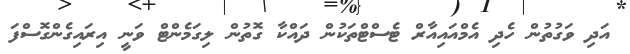
އަދި ވަގުތުން ހެދި އެމްއައިއާރް ޓެސްޓްތަކުން ދައްކާ ގޮތުން ލިގަމެންޓް ވަނީ އިރައިގެންގޮސްފަ